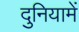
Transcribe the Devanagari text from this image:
दुनियामें